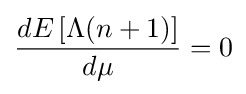
{\frac {dE\left[\Lambda (n+1)\right]}{d\mu }}=0